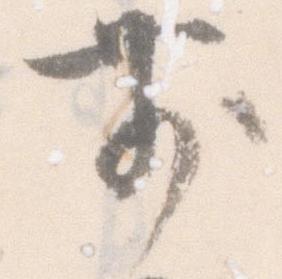
前